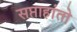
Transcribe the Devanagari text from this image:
सप्ताहांतो